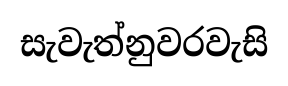
සැවැත්නුවරවැසි